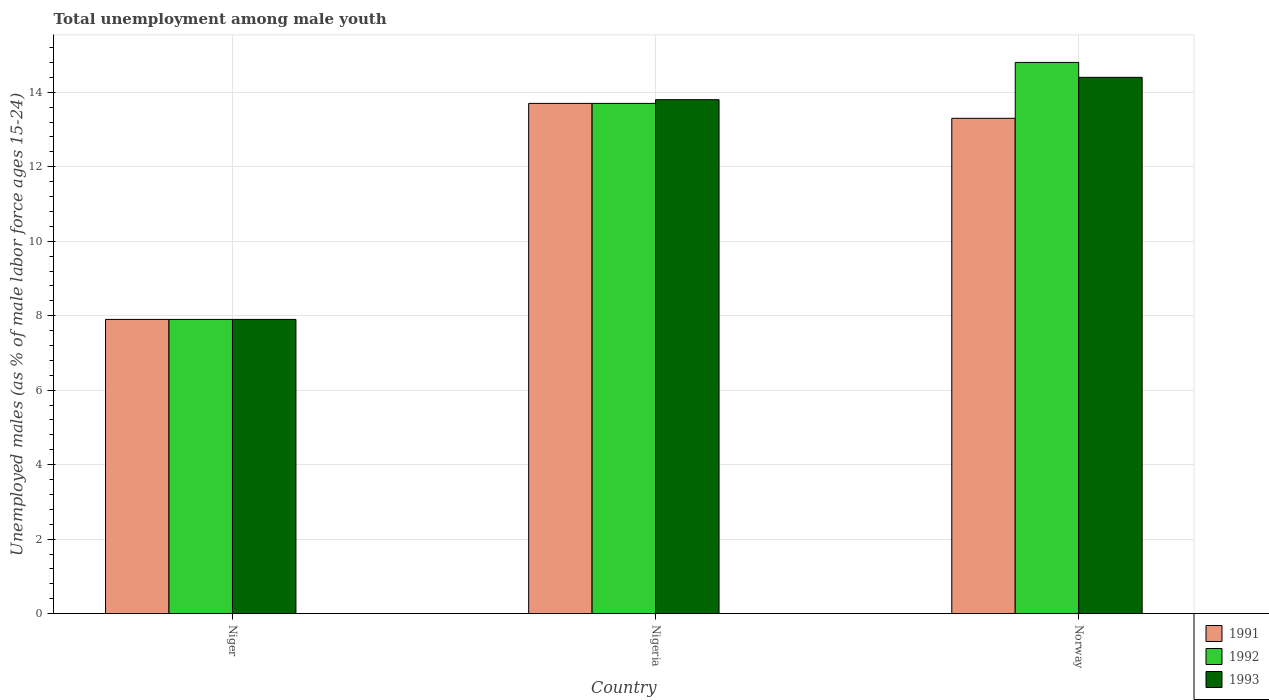
| Country | 1991 | 1992 | 1993 |
 | --- | --- | --- | --- |
 | Niger | 7.9 | 7.9 | 7.9 |
 | Nigeria | 13.7 | 13.7 | 13.8 |
 | Norway | 13.3 | 14.8 | 14.4 |